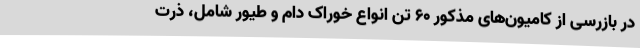
در بازرسی از کامیون‌های مذکور 60 تن انواع خوراک دام و طیور شامل، ذرت